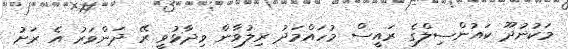
މަކުނުދޫ ކައުންސިލްގެ ރައީސް މުހައްމަދު ރިލުވާން ވިދާޅުވީ ރޭ ދަންވަރު އެ ރަށު